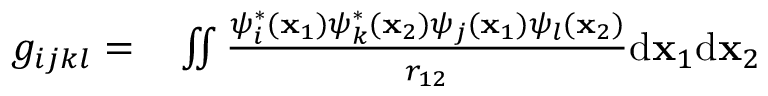
\begin{array} { r l } { g _ { i j k l } = } & { { } \iint \frac { \psi _ { i } ^ { * } ( \mathbf { x } _ { 1 } ) \psi _ { k } ^ { * } ( \mathbf { x } _ { 2 } ) \psi _ { j } ( \mathbf { x } _ { 1 } ) \psi _ { l } ( \mathbf { x } _ { 2 } ) } { r _ { 1 2 } } \mathrm { d } \mathbf { x } _ { 1 } \mathrm { d } \mathbf { x } _ { 2 } } \end{array}